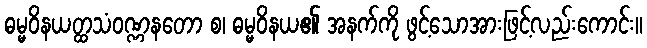
ဓမ္မဝိနယတ္ထသံဝဏ္ဏနတော စ၊ ဓမ္မဝိနယ၏ အနက်ကို ဖွင့်သောအားဖြင့်လည်းကောင်း။